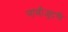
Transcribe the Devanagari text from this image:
नामौजूदगी